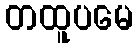
တထူပမေ